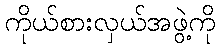
ကိုယ်စားလှယ်အဖွဲ့ကို